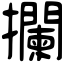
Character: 攔